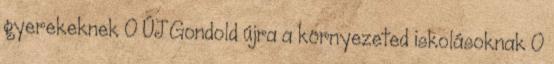
gyerekeknek 0 ÚJ Gondold újra a környezeted iskolásoknak 0